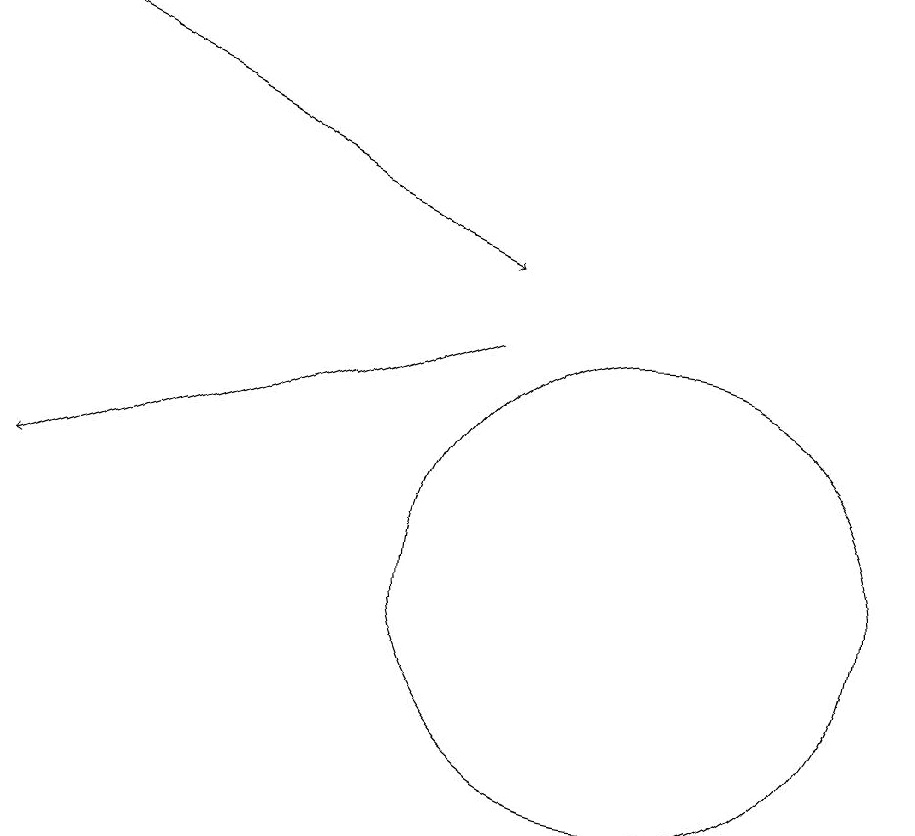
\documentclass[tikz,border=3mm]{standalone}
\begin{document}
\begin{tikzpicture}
\draw (10,10) circle (3);
\draw[->] (2,17) -- (8,14);
\draw[->] (8,13) -- (2,11);
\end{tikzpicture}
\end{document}